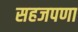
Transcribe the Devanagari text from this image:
सहजपणा